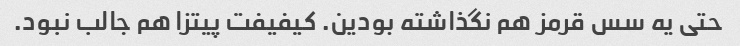
حتی یه سس قرمز هم نگذاشته بودین. کیفیفت پیتزا هم جالب نبود.